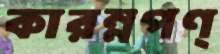
কারম্নপণ্